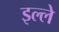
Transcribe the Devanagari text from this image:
इल्ले